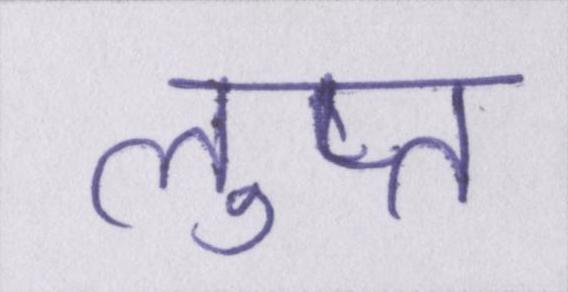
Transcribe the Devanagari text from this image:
लुप्त